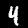
Label: 4